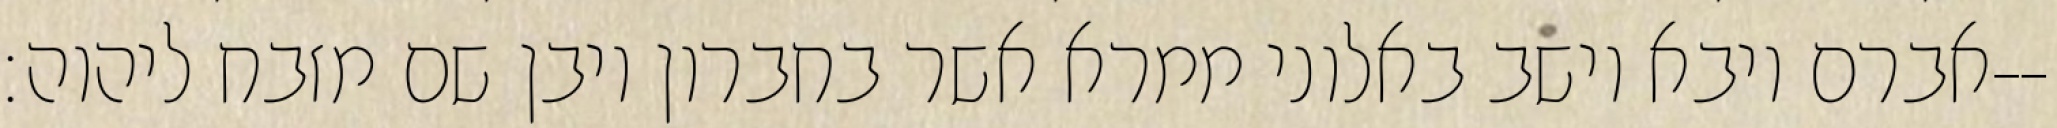
אברם ויבא וישב באלוני ממרא אשר בחברון ויבן שם מזבח ליהוה׃--